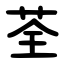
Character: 荃